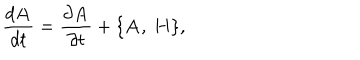
{ \frac { d { \bf A } } { d t } } = { \frac { \partial { \bf A } } { \partial t } } + \{ { \bf A } , ~ { \bf H } \} ,